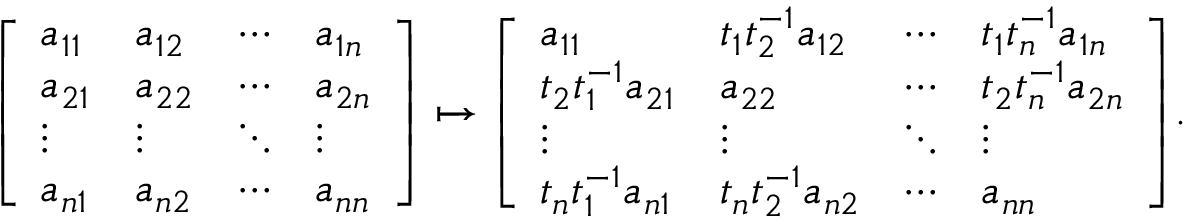
{ \left[ \begin{array} { l l l l } { a _ { 1 1 } } & { a _ { 1 2 } } & { \cdots } & { a _ { 1 n } } \\ { a _ { 2 1 } } & { a _ { 2 2 } } & { \cdots } & { a _ { 2 n } } \\ { \vdots } & { \vdots } & { \ddots } & { \vdots } \\ { a _ { n 1 } } & { a _ { n 2 } } & { \cdots } & { a _ { n n } } \end{array} \right] } \mapsto { \left[ \begin{array} { l l l l } { a _ { 1 1 } } & { t _ { 1 } t _ { 2 } ^ { - 1 } a _ { 1 2 } } & { \cdots } & { t _ { 1 } t _ { n } ^ { - 1 } a _ { 1 n } } \\ { t _ { 2 } t _ { 1 } ^ { - 1 } a _ { 2 1 } } & { a _ { 2 2 } } & { \cdots } & { t _ { 2 } t _ { n } ^ { - 1 } a _ { 2 n } } \\ { \vdots } & { \vdots } & { \ddots } & { \vdots } \\ { t _ { n } t _ { 1 } ^ { - 1 } a _ { n 1 } } & { t _ { n } t _ { 2 } ^ { - 1 } a _ { n 2 } } & { \cdots } & { a _ { n n } } \end{array} \right] } .